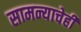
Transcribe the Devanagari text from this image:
सामन्याचेही